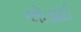
લોડાઈ